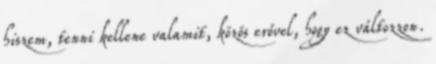
hiszem, tenni kellene valamit, közös erővel, hogy ez változzon.